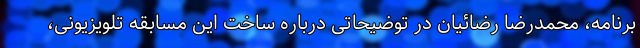
برنامه، محمدرضا رضائیان در توضیحاتی درباره ساخت این مسابقه تلویزیونی،